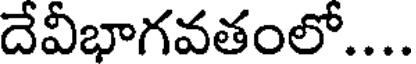
దేవీభాగవతంలో....